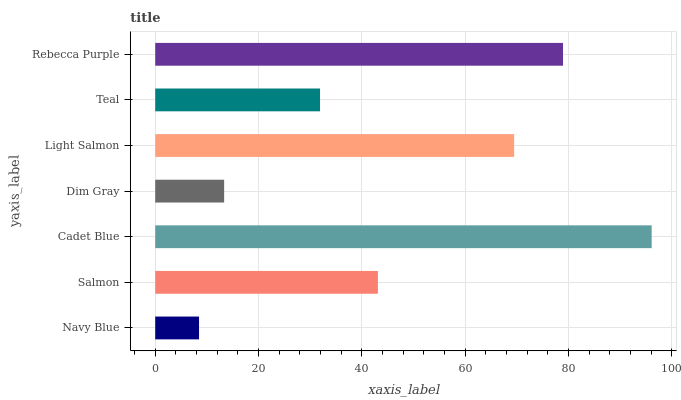
| yaxis_label | bars |
 | --- | --- |
 | Navy Blue | 8.48 |
 | Salmon | 43.1 |
 | Cadet Blue | 96.1 |
 | Dim Gray | 13.3 |
 | Light Salmon | 69.5 |
 | Teal | 31.9 |
 | Rebecca Purple | 78.9 |